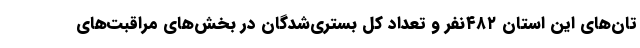
تان‌های این استان ۴۸۲نفر و تعداد کل بستری‌شدگان در بخش‌های مراقبت‌های